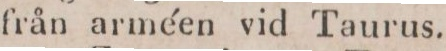
från arméen vid Taurus.